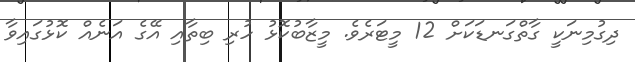
ދިގުމިނަކީ ގާތްގަނޑަކަށް 12 މީޓަރެވެ. މީޒާބުކޮޅު ހުރި ބިތާއި އޭގެ އަނެއް ކޮޅުގައިވާ